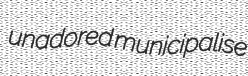
unadored municipalise